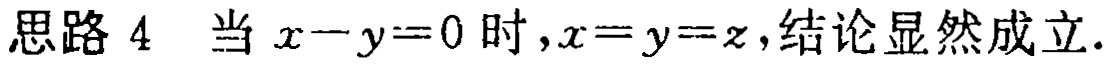
思路 4  当 \(x - y = 0\) 时，\(x = y = z\)，结论显然成立.